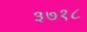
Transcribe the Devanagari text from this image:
३७१८